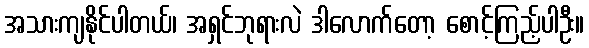
အသားကျနိုင်ပါတယ်၊ အရှင်ဘုရားလဲ ဒါလောက်တော့ စောင့်ကြည့်ပါဦး။